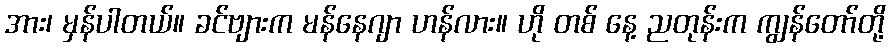
အား၊ မှန်ပါတယ်။ ခင်ဗျားက မန်နေဂျာ ဟန်လား။ ဟို တစ် နေ့ ညတုန်းက ကျွန်တော်တို့